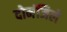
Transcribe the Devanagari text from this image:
दोमंजिले